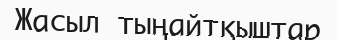
Жасыл тыңайтқыштар